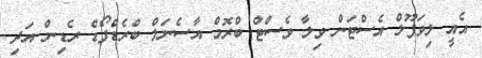
އެއީ ލިވަޕޫލް އެސްޓަން ވިލާ ވެސްޓް ބްރޮމް އާސެނަލް ބްރެޑްފޯޑް ރެޑިން އަދި